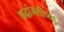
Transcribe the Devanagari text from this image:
श्रद्धांजलीच्या